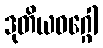
ဒုတိယဝဂ္ဂေါ